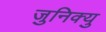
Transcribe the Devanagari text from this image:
जुनिक्यु